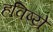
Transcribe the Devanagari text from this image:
हविष्ये